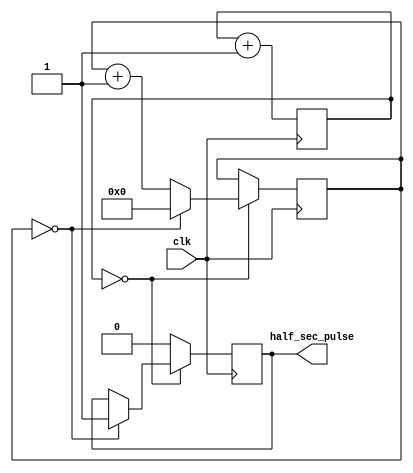
`default_nettype none

module tempo(

    input wire clk,
    output reg half_sec_pulse
    );

               reg[25:0] div_cntr1;
               reg[25:0] div_cntr2;                       

               always@(posedge clk)
                              begin
                              div_cntr1 <= div_cntr1 + 1;
                              if (div_cntr1 == 0)
                                            if (div_cntr2 == 0)

                                                           begin
                                                           div_cntr2 <= 0;
                                                           half_sec_pulse <= 1; 
                                                           end
                                            else
                                                           div_cntr2 <= div_cntr2 + 1;
                              else
                                            half_sec_pulse <= 0;                            
                                       
                              end                                                            
                                                     
endmodule